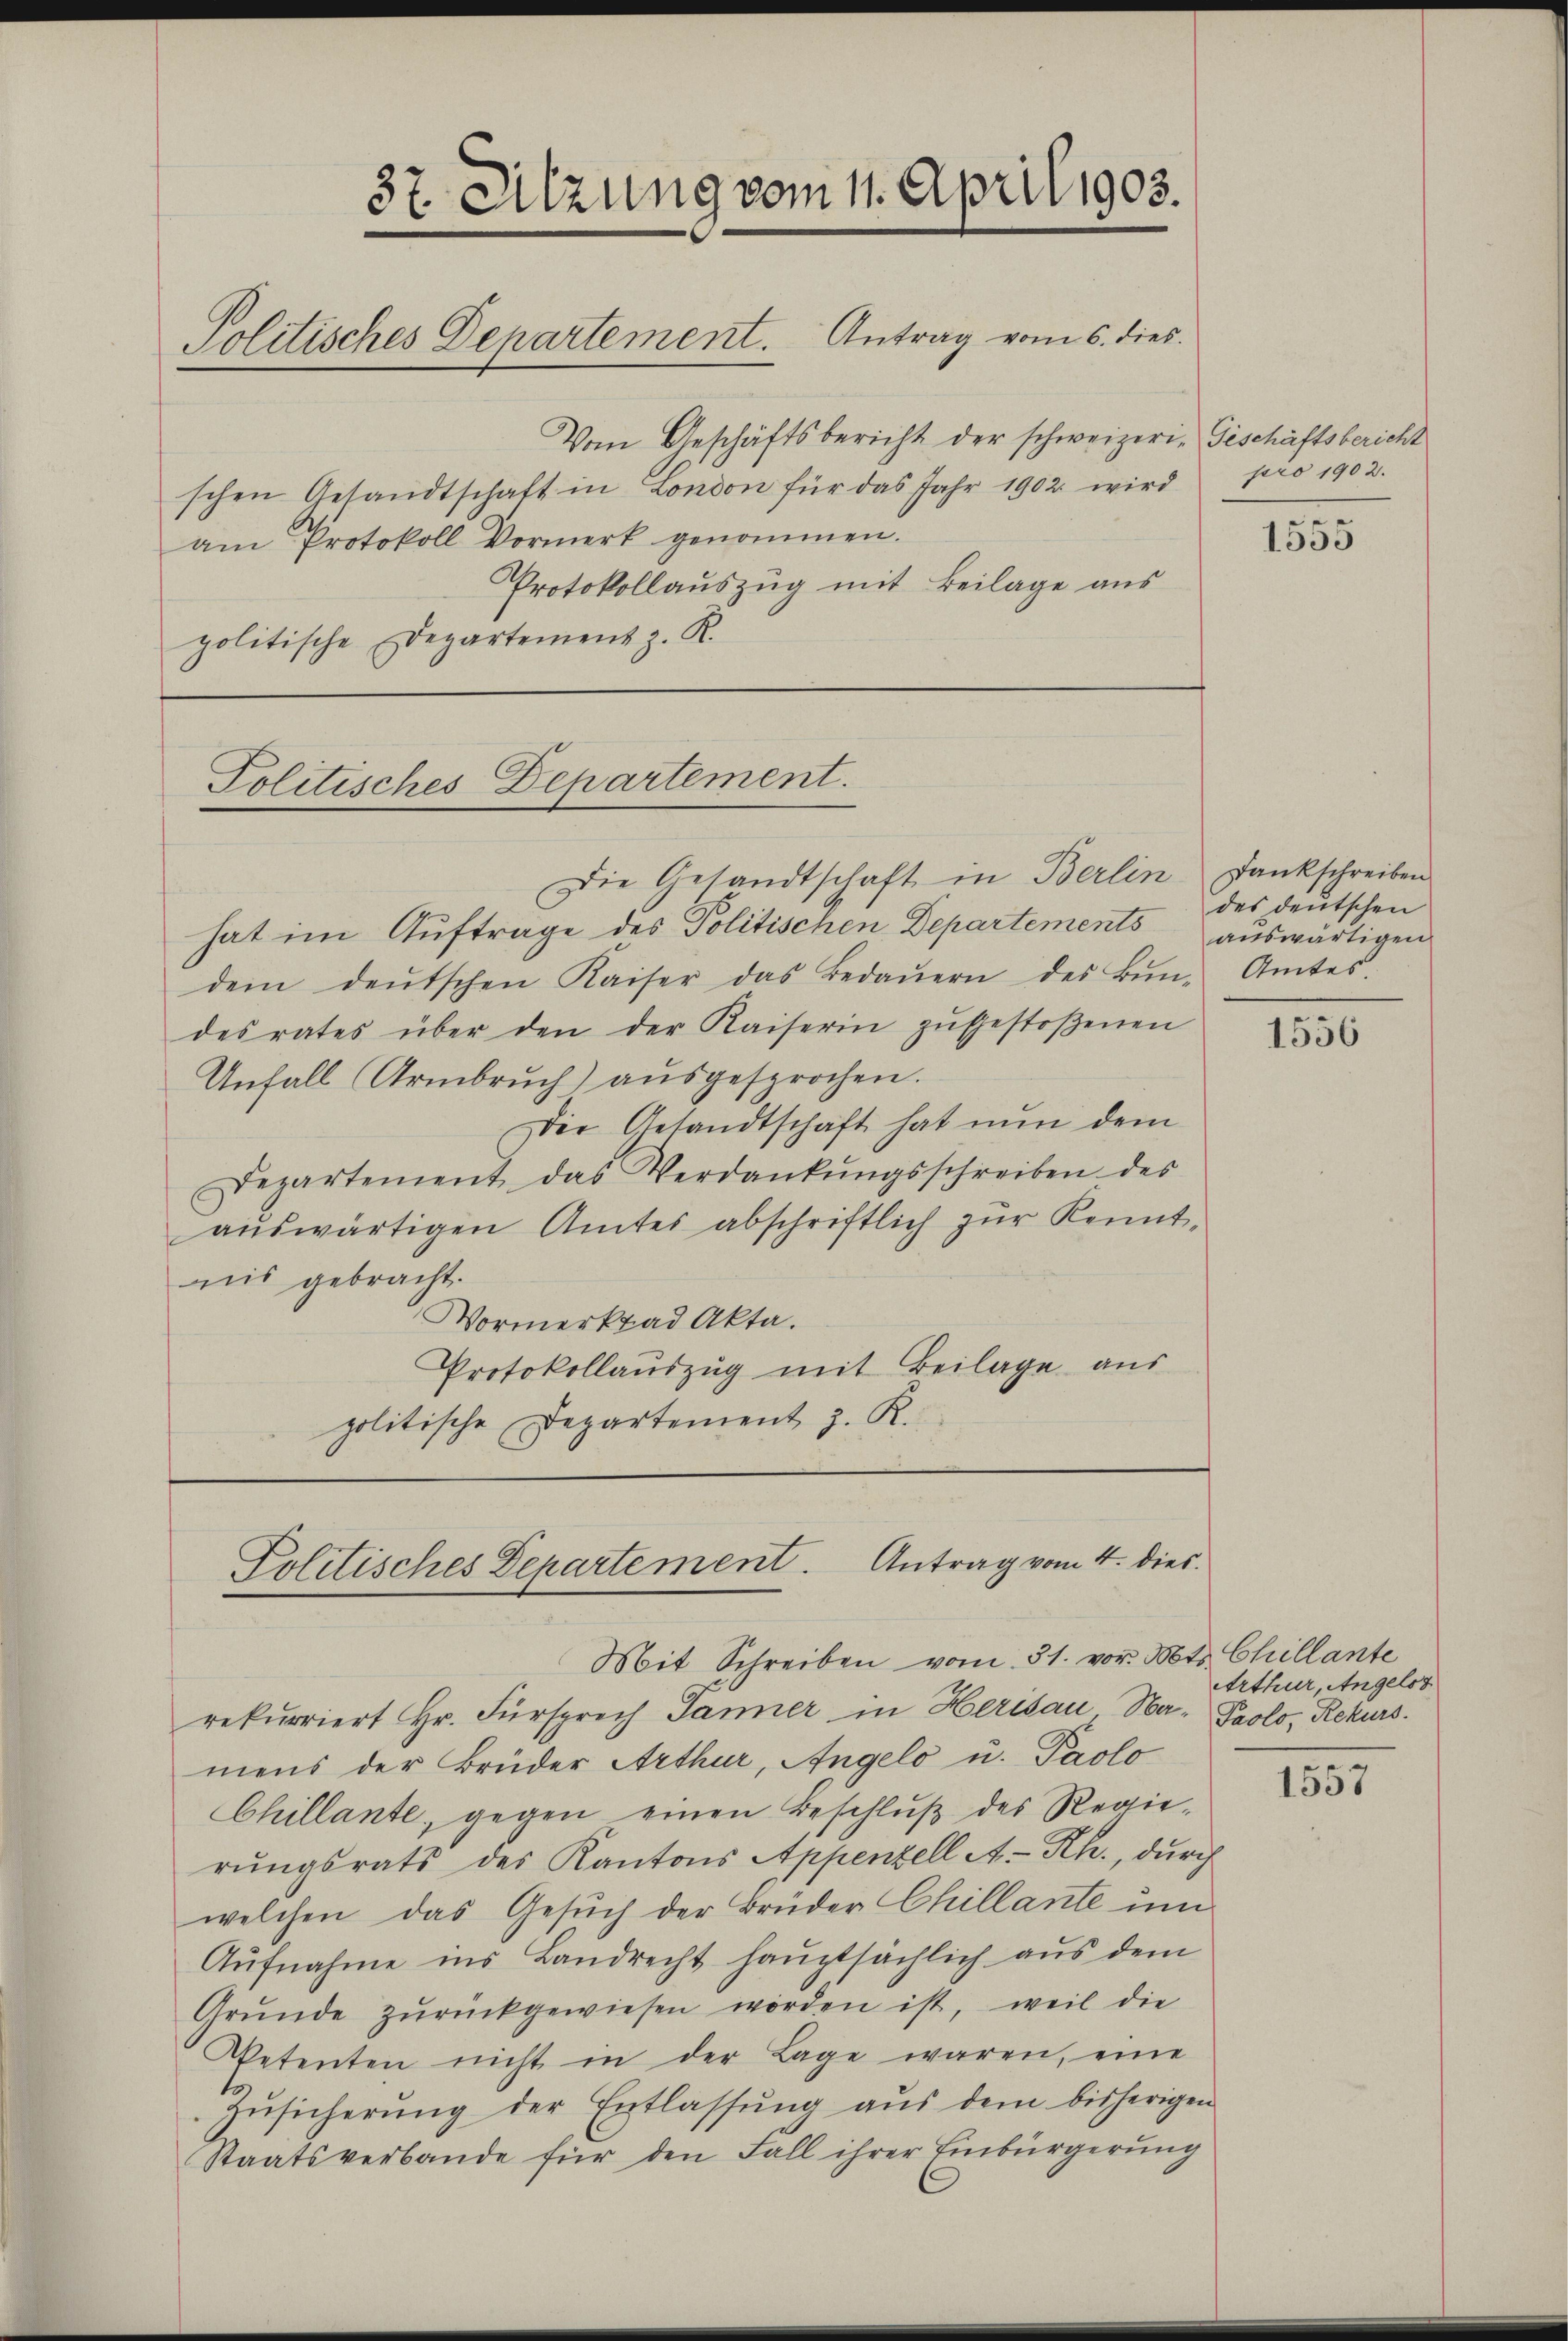
37. Sitzung vom 11. April 1903.
Politisches Departement. Antrag vom 6. dies

Vom Geschäftsbericht der schweizeri-Geschäftsbericht
schen Gesandtschaft in London für das Jahr 1902 wird pro 1902.
am Protokoll Vormerk genommen.
Protokollauszug mit Beilage aus
politische Departement z. R.

Politisches Departement.

Die Gesandtschaft in Berlin. Dankschreiben
hat im Auftrage des Politischen Departements auswärtigen
dem deŭtschen Kaiser das Bedaŭern des Bŭn-Amtes.
desrates über den der Kaiserin zŭgestoßenen
Unfall (Armbrŭch) aŭsgesprochen.
Die Gesandtschaft hat nun dem
Departement das Verdankŭngsschreiben des
aŭswärtigen Amtes abschriftlich zŭr Kennt,
nis gebracht.
Vormerktad Akta.
Protokollauszug mit Beilage aus
politische Departement z. R.

Politisches Departement. Antrag vom 4. dies

Mit Schreiben vom 31. vor. Mts. Chillante
rekurriert Hr. Fürsprech Janner in Herisau Na- Prolo, Rekurs.
mens der Brüder Arthur, Angelo u. Paolo
Chillante, gegen einen Beschluß des Regierŭngsrats des Kantons Appenzell A.-Rh., durch
welchen das Gesŭch der Brüder Chillante um
Aufnahme ins Landrecht hauptsächlich aus dem
Grŭnde zŭrückgewiesen worden ist, weil die
Petenten nicht in der Lage waren, eine
Zŭsicherŭng der Entlassŭng aŭs dem bisherigen
Staatsverbande für den Fall ihrer Einbürgerung
C

1555

des deutschen

1556

Arthur, Angelst

1557